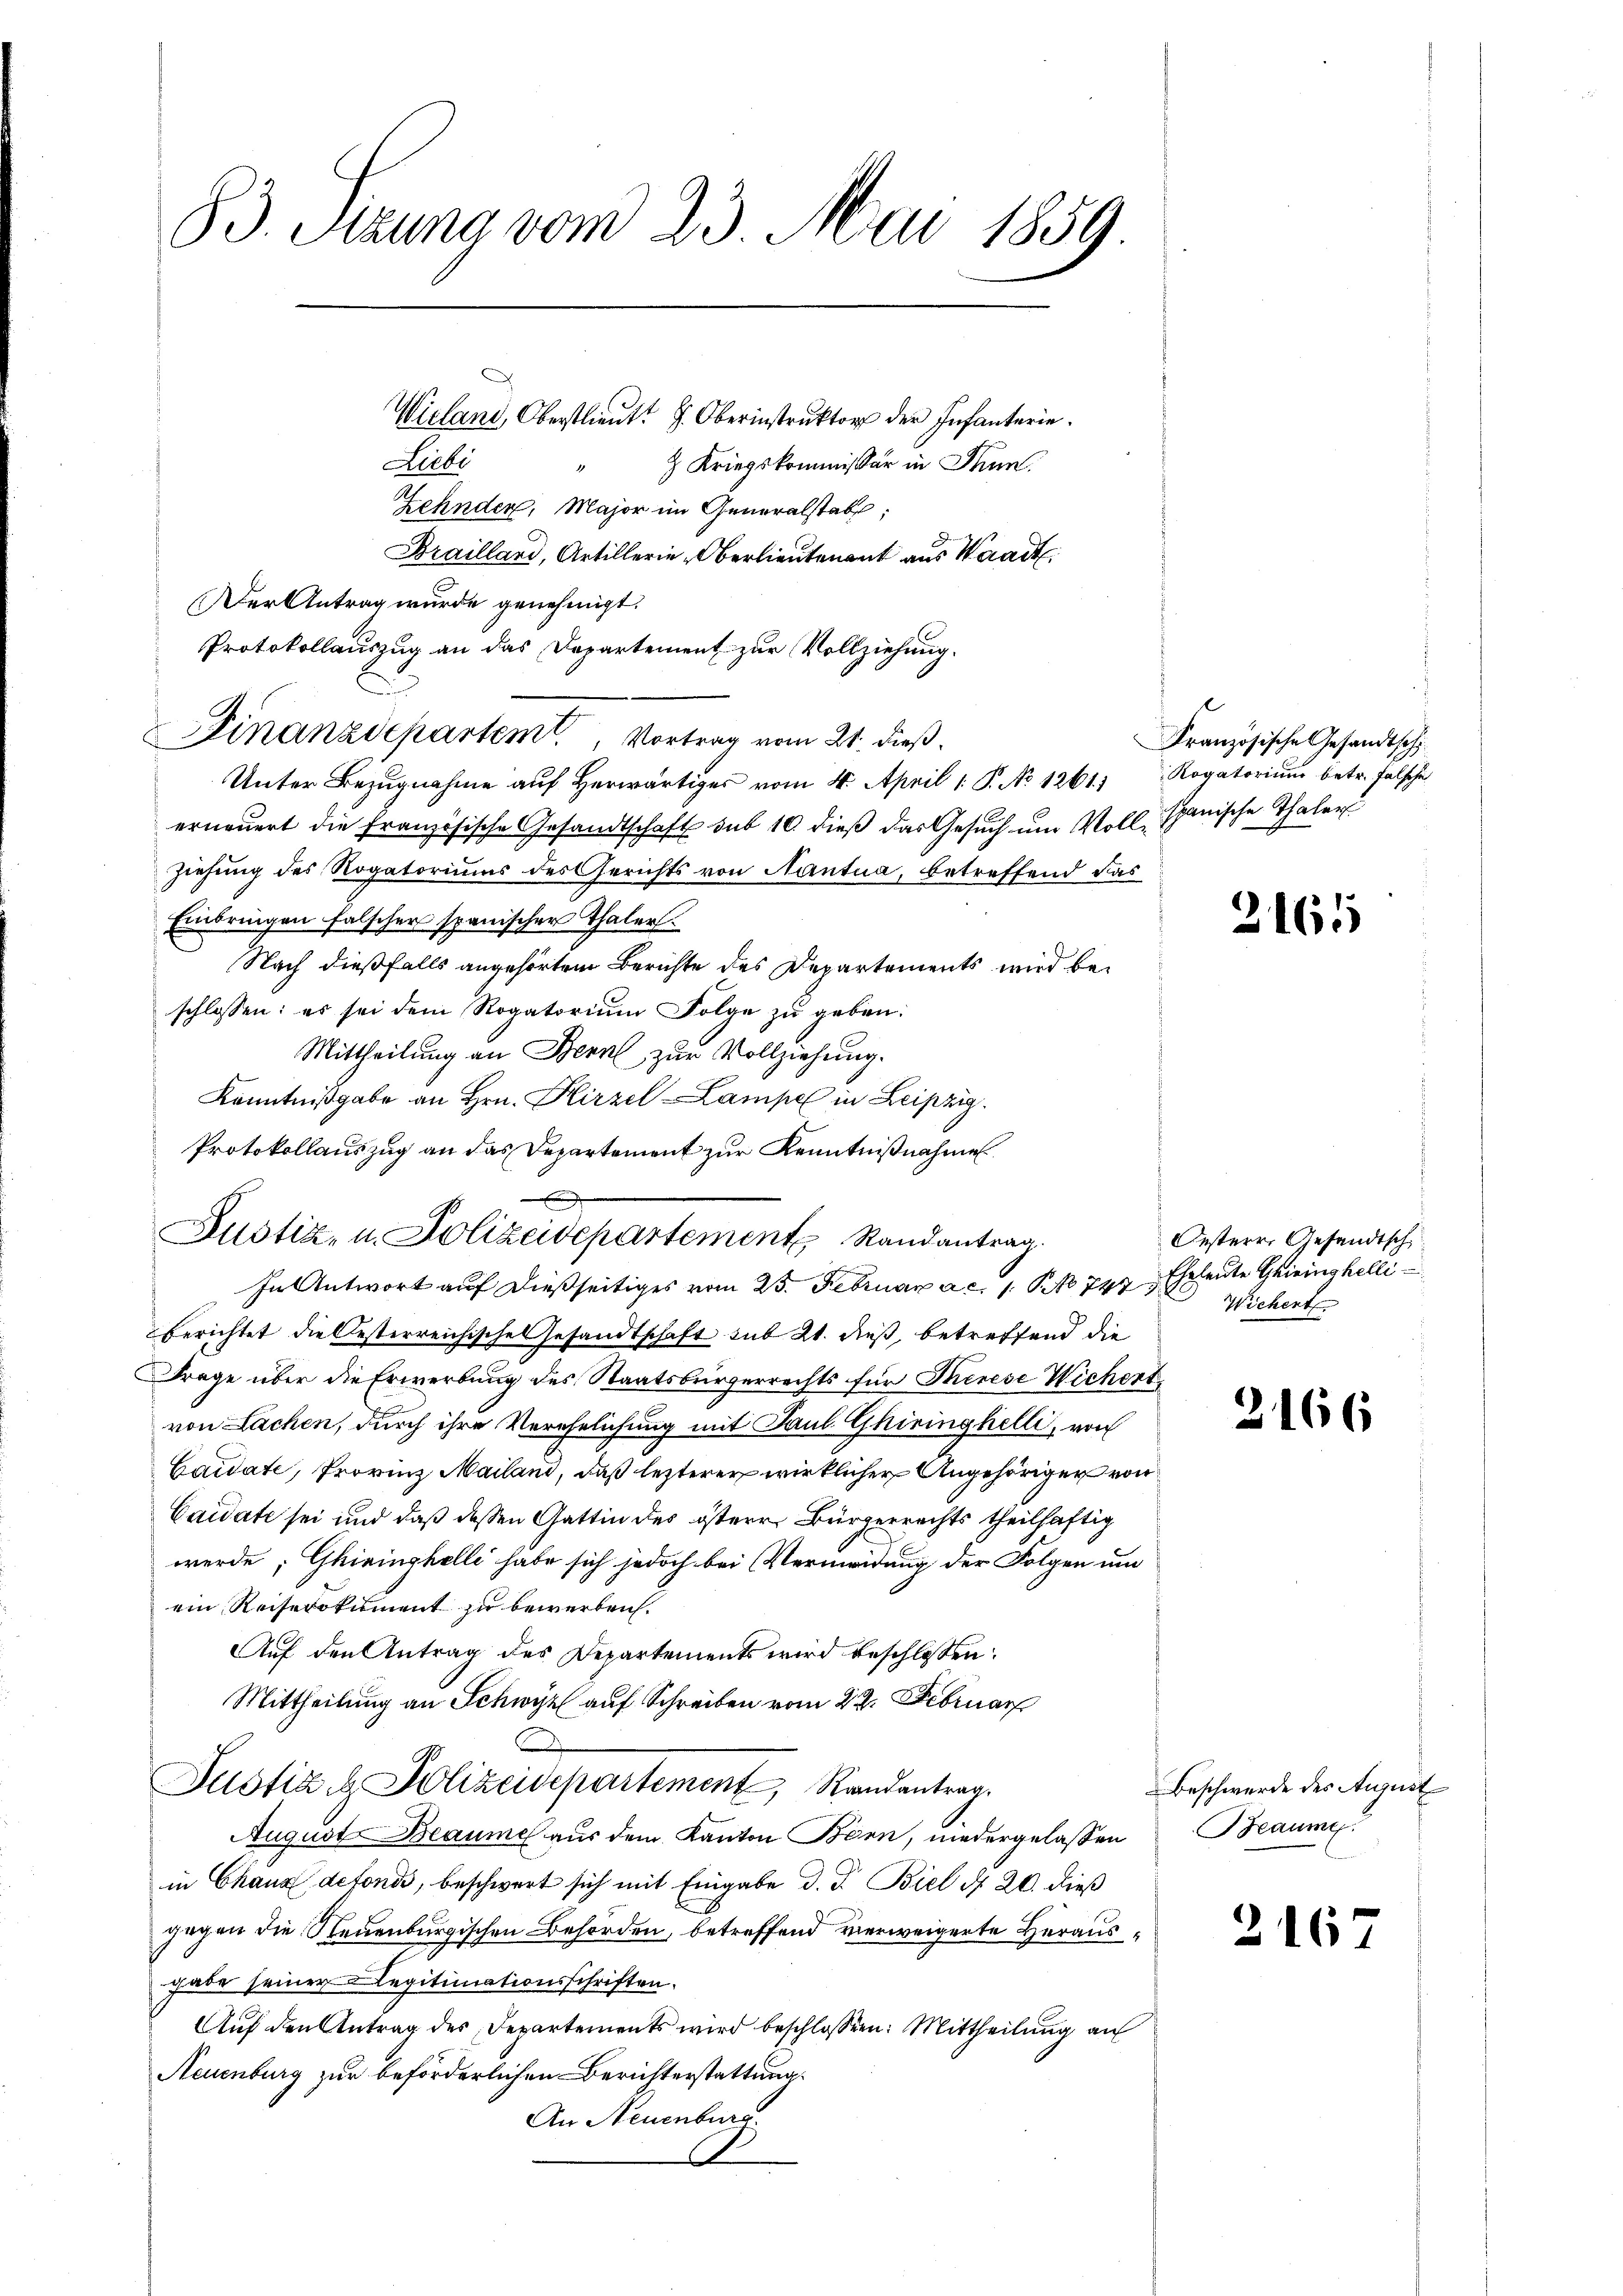
83. Sizung vom 23. Mai 1859

Wieland, Oberstlieut. H. Oberinstruktor der Infanterie
Liebi
"  Kriegskommissär in Thun.
Zehnder, Major im Generalstab;
Brailland, Artillerie-Oberlieutenant aus Waadt
Der Antrag wurde genehmigt.
Protokollauszug an das Departement zur Vollziehung.
Unter Bezŭgnahme aŭf herwärtiger vom 4. April 1 P. No 1261; Rogatoriŭm betr. Falsche
erneŭert die französische Gesandtschaft sub 10. dieß das Gesŭch ŭm Voll Spanische Thaler
Ziehung des Rogatoriums des Gerichts von Nantua, betreffend das
Einbringen falscher spanischer Thaler.
Nach dießfalls angehörten Berichte des Departements wird beschlossen: es sei dem Rogatorium Folge zu geben:
Mittheilung an Bern zur Vollziehung.
Kenntnißgabe an Hrn. Hirzel-Lampel in Leipzig.
Protokollauszug an das Departement zur Kenntnißnahme
x
Justiz- u. Polizeidepartement Randantrag.
In Antwort auf dießseitiges vom 23. Februar a. c. 1. P. No 744. Eheleute Griinghelli
berichtet die Oesterreichische Gesandtschaft sub 21. dieß, betreffend die
Frage über die Erwerbung des Staatsbürgerrechts für Therese Wichert
von Lachen, durch ihre Verehelichung mit Paul Ghiringhelli, von
Caidate, Provinz Mailand, daß lezterer wirklicher Angehöriger von
Caidate sei und daß dessen Gattin des österr Bürgerrechts theilhaftig
werde; Ghiringhelli habe sich jedoch bei Vermeidung der Folgen um
ein Reiserokument zu bewerben.
Auf den Antrag des Departements wird beschlossen:
Mittheilung an Schwyz auf Schreiben vom 22. Februar
Justiz & Polizeidepartement, Randentrag.
August Beaume aus dem Kanton Bern, niedergelassen
in Chaus defond, beschwert sich mit Eingabe d. J. Biel d. 20. dieß
gegen die Steuenburgischen Behörden, betreffend verweigerte Herausgabe seiner Legitimationsschriften.
Auf den Antrag des Departements wird beschlossen: Mittheilung an
Neuenburg zur beförderlichen Berichterstattung.
An Neuenburg.

Finanzdepartem Vortrag vom 21. dieß.

Französische Gesandtschi

2165

Oesterr. Gesandtsch
Wichert

2

216

166

Beschwerde des August
Beaumg